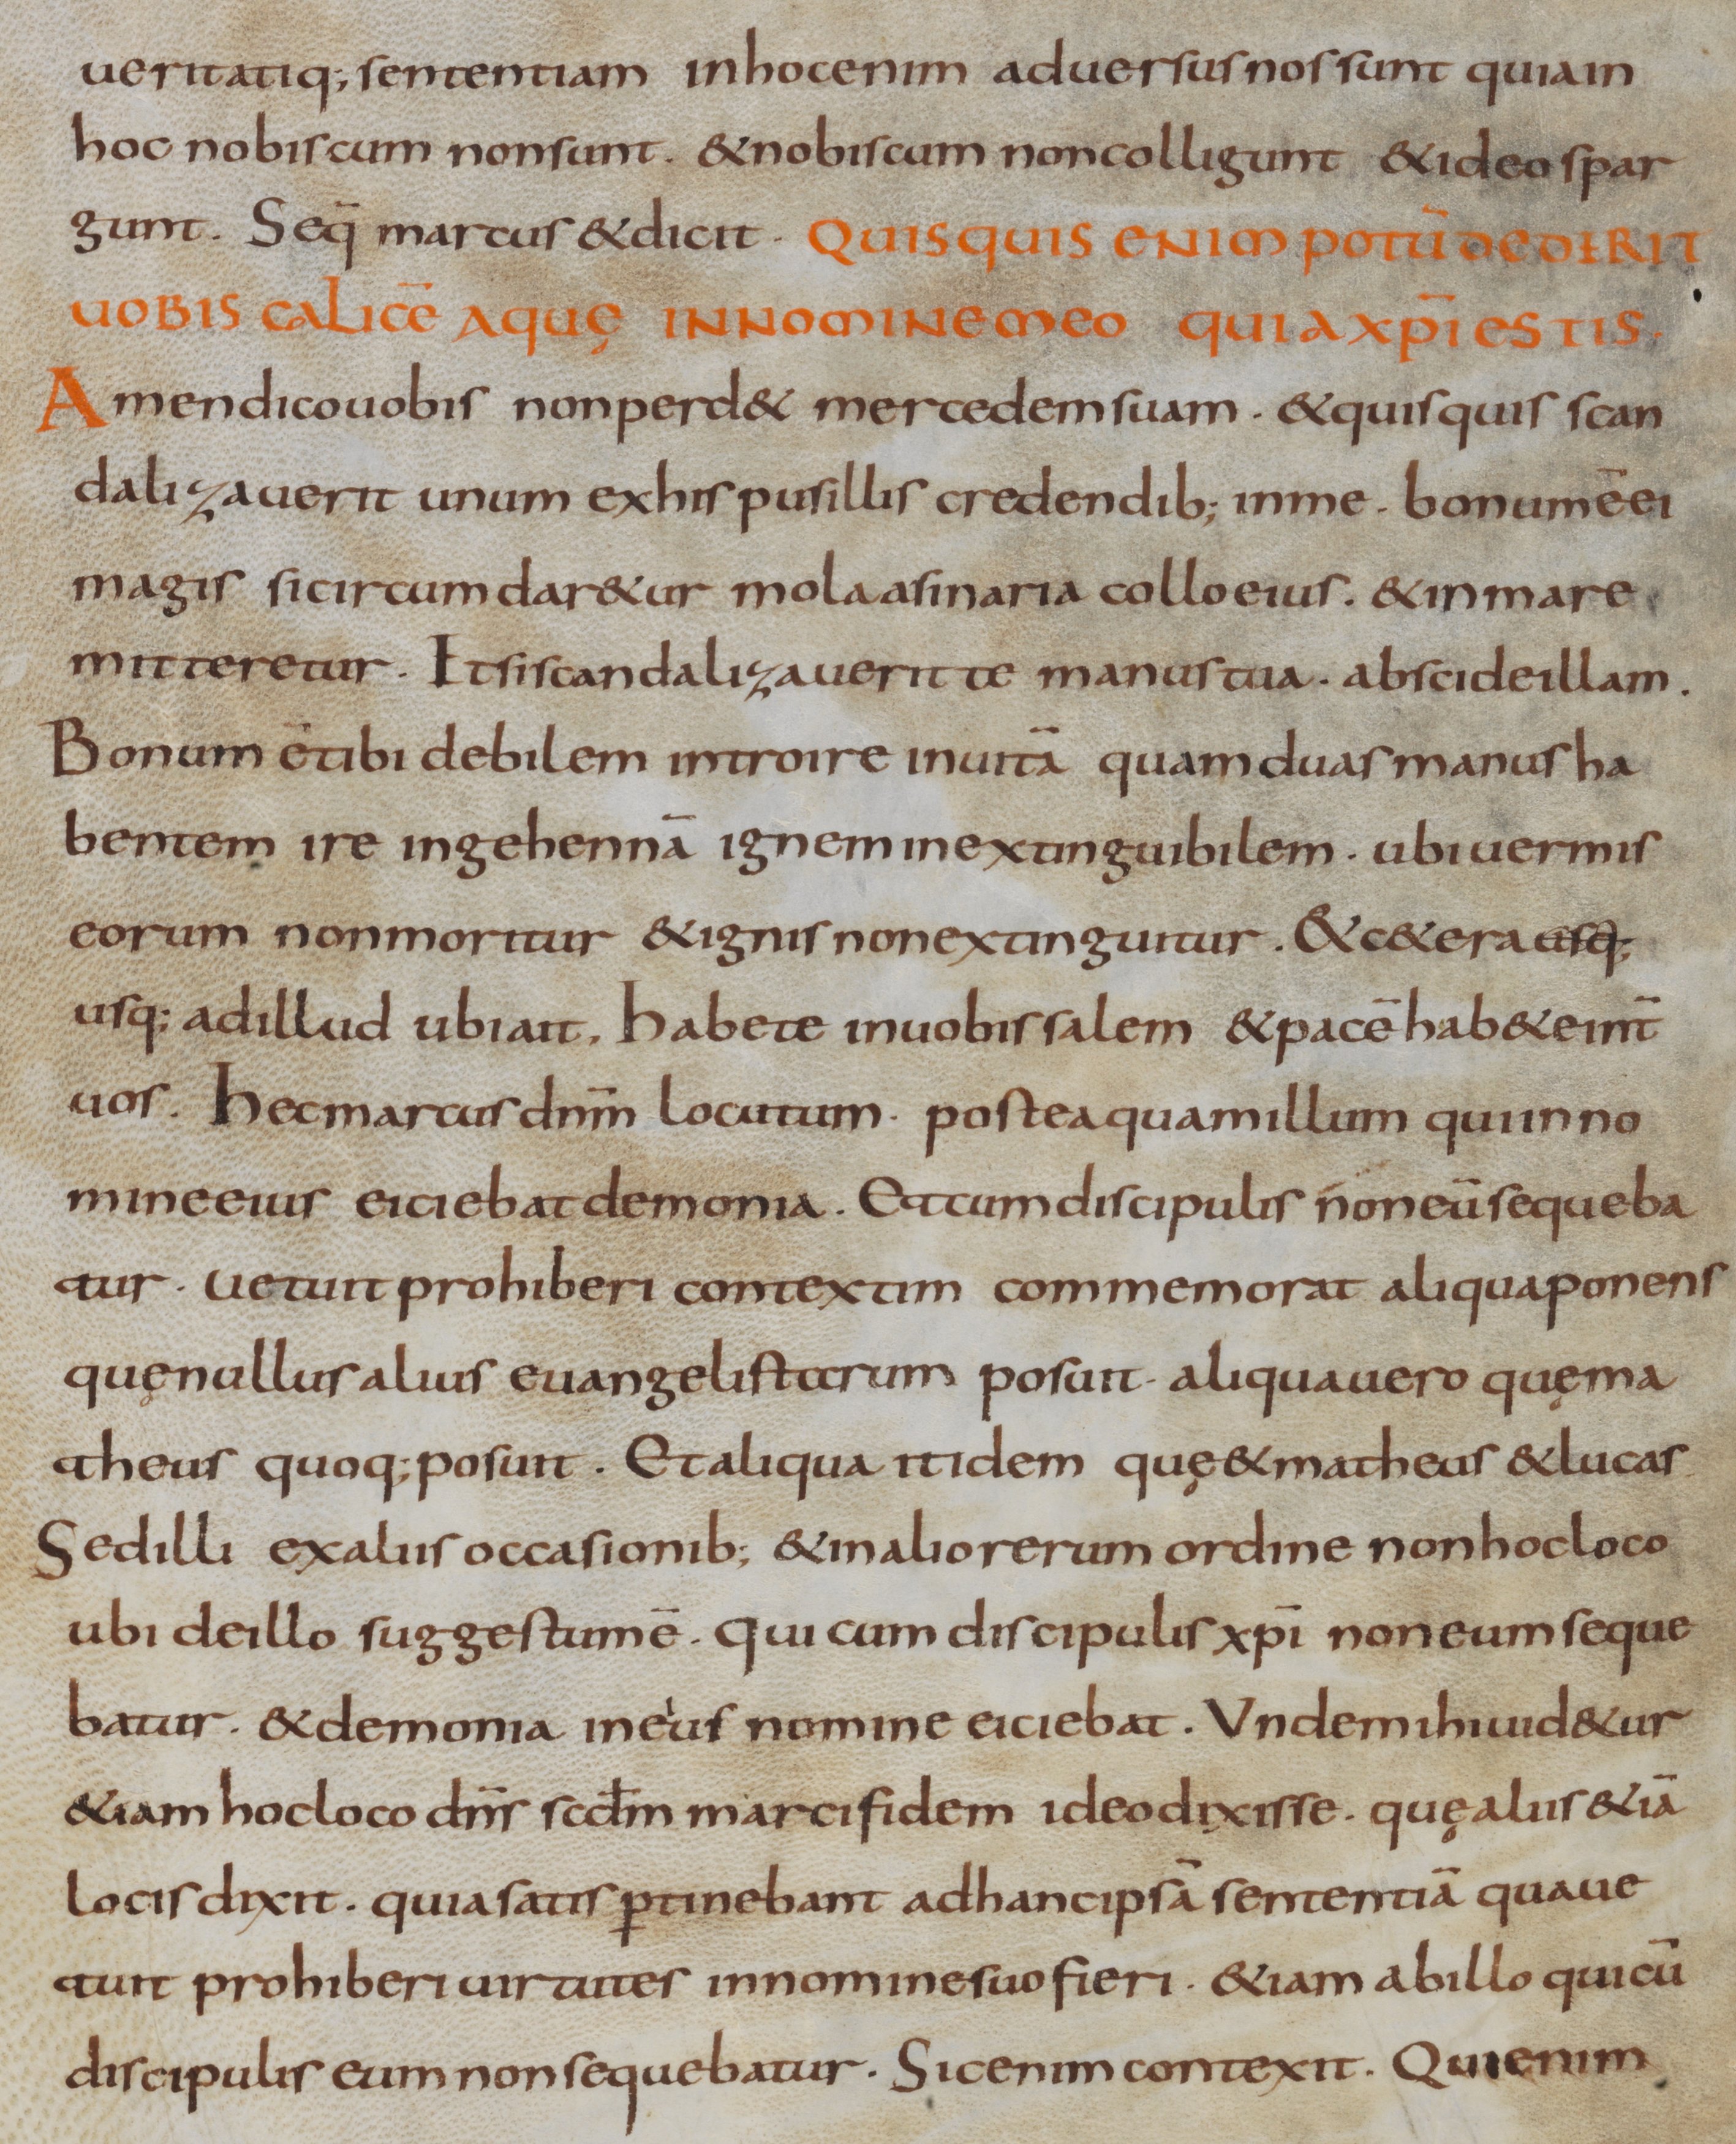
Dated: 800–899